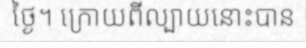
ថ្ងៃ។ ក្រោយពីល្បាយនោះបាន